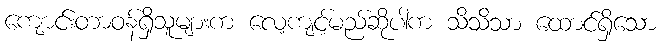
ကျောင်းတာဝန်ရှိသူများက လေ့ကျင့်မည်ဆိုပါက သိသိသာ ထောင်ရှိသော